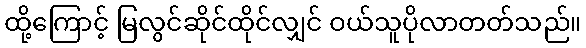
ထို့ကြောင့် မြလွင်ဆိုင်ထိုင်လျှင် ဝယ်သူပိုလာတတ်သည်။